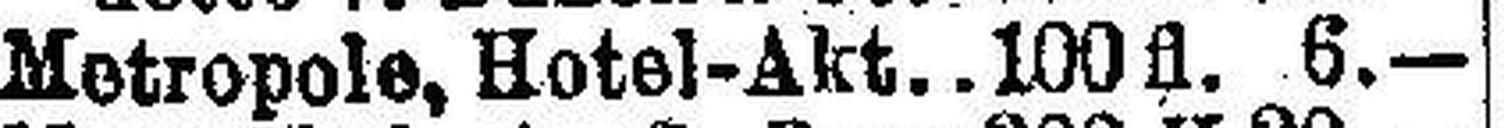
Metropole, Hotel-Akt. 100 fl. 6.—